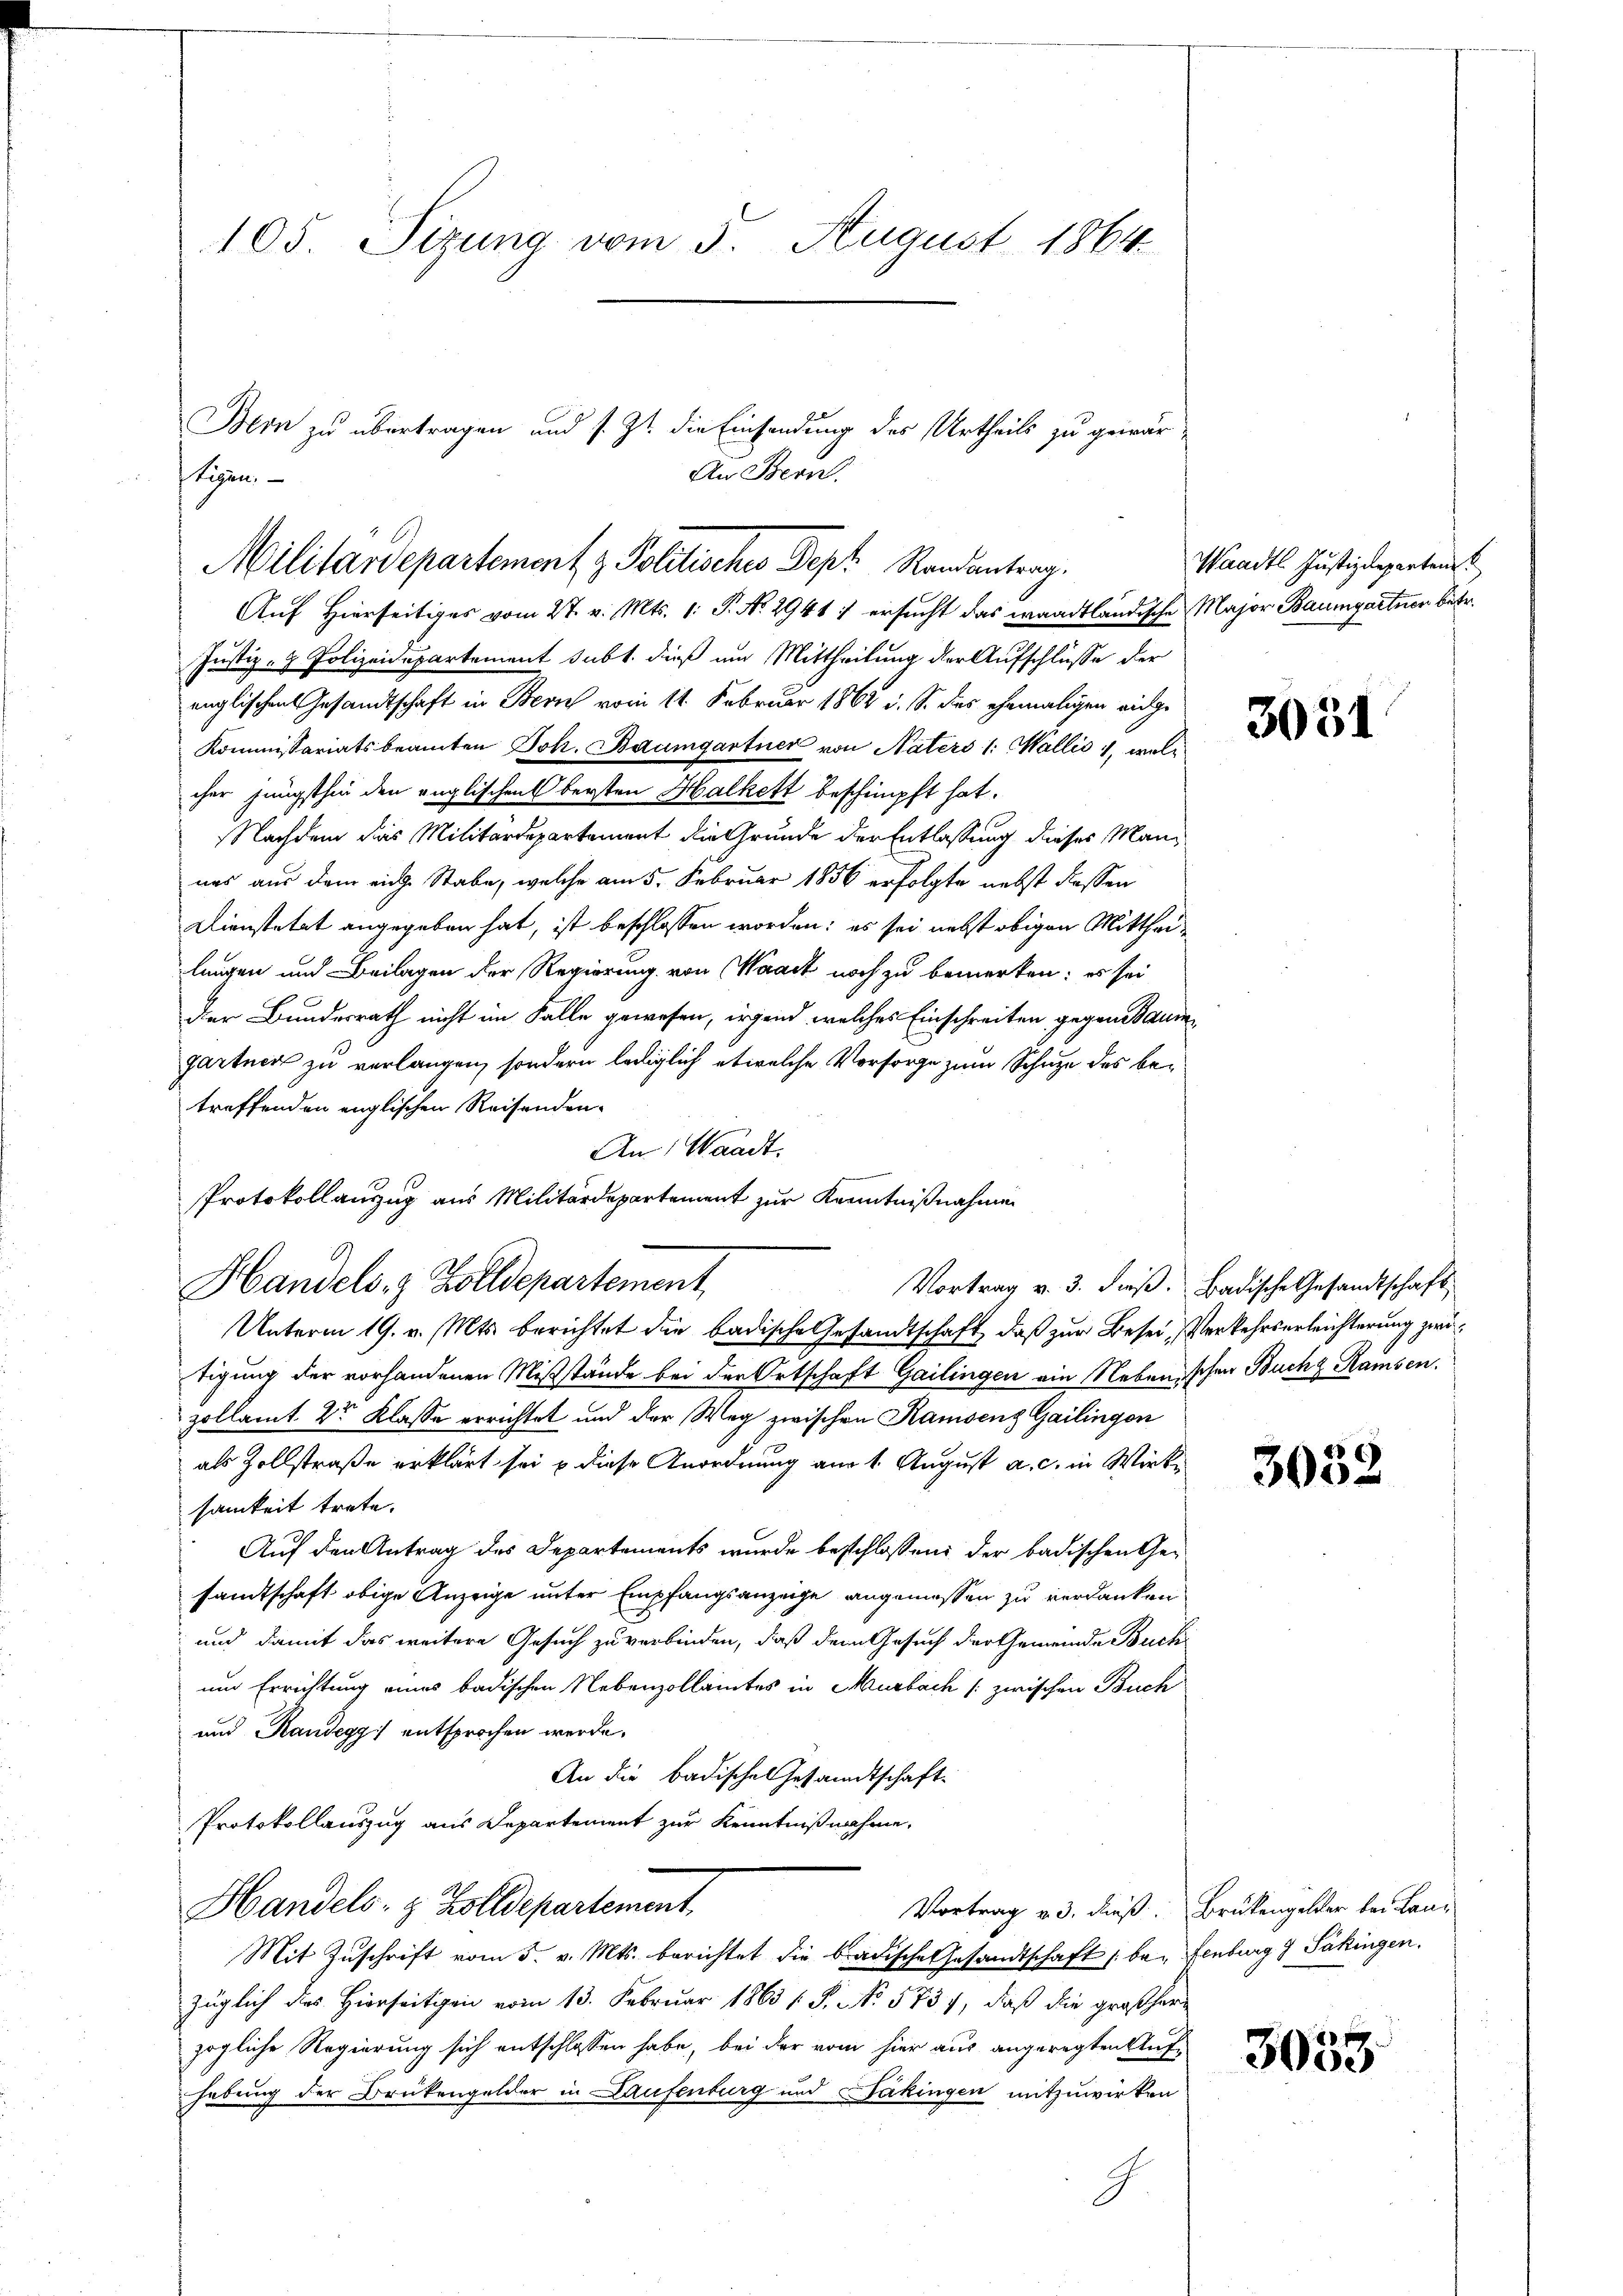
105. Sizung vom 5. August 1864.

Bern zu übertragen und s. Zt. die Einsendung der Urtheils zu gewär-
Militärdepartement z. Politischer Pept. Randantrag.

Eigen,

An Bern.

Auf Hierseitiges vom 27. v. Mts. 1. P. No. 2941 : ersucht das waadtländische Major Baumgartner betr.
Justiz- & Polizeidepartement subt. dieß um Mittheilung der Aufschlüsse der
englischen Gesandtschaft in Bern vom 14. Februar 1862 u. S. des ehemaligen eidge
Kommissariatsbeamten Joh. Baumgartner von Naters 1: Wallis, welc
cher jüngsthin den englischen Obersten Halkett beschimpft hat.
Nachdem das Militärdepartement die Grunde der Entlassung dieses Manuas aus dem eine Stabe, welche am 5. Februar 1856 erfolgte nebst dessen
Dienstetet angegeben hat, ist beschlossen worden; es sei nebst obigen Mittheilangen und Beilagen der Regierung von Waadt noch zu bemerken: es sei
der Bundesrath nicht im Falle gewesen, irgend welches Einschreiten gegen Saumgartner zu verlangen, sondern lediglich etwelche Vorsorge zum Schuze des betreffenden englischen Reisenden-
An Waadt.
Protokollanzug aus Militärdepartement zur Kenntnißnahmen
Handels- & Zolldepartement
Unterm 19. v. Mts. berichtet die badische Gesandtschaft, daß zur Besei, Verkehrserleichterung zwitigung der vorhandenen Mißstände bei der Ortschaft Gailingen ein Nebenischen Buch Ramsen.
zollamt 2r Klasse errichtet und der Weg zwischen Ramsenz Gailingen
als Zollstraße erklärt sei & diese Anordnung am 1. August a. c. in Wirksamkeit trete.
Auf den Antrag des Departements wurde beschlossen: der badischen Gesandtschaft obige Anzeige unter Empfangsanzeige angemessen zu verdanken
 und damit das weitere Gesuch zu verbinden, daß dem Gesuch der Gemeinde Buch
und Errichtung eines badischen Nebenzollamtes in Murbach [ zwischen Buch
und Handegg entsprochen werde.
An die Badische Gesandtschaft.
Protokollauszug aus Departement zur Kenntnißnahme.
Handels- & Zolldepartement
Vortrag v. 3. dieß. Brükengelder bei Lan¬
Mit Zuschrift vom 5. v. Mts. berichtet die badische Gesandtschaft be- Fenburg § Säkingen.
züglich des Hierseitigen vom 13. Februar 1863 s. S. No. 5737, daß die großherzögliche Regierung sich entschlossen habe, bei der vom hier aus angeregten Aufhebung der Brükengelder in Laufenburg und Säkingen mitzuwirken
g

Waadt. Justizdeparten.

3051

Vortrag v. 3. dieß. Badische Gesandtschaft

3032

3053